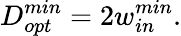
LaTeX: D_{opt}^{min}=2w_{in}^{min}.